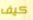
كيف